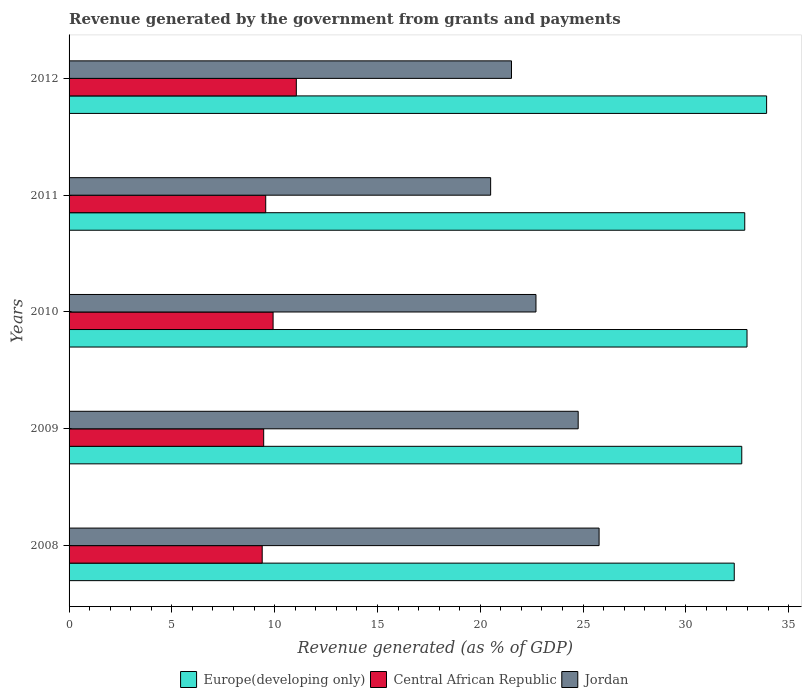
| Years | Europe(developing only) | Central African Republic | Jordan |
 | --- | --- | --- | --- |
 | 2008 | 32.4 | 9.39 | 25.8 |
 | 2009 | 32.7 | 9.47 | 24.8 |
 | 2010 | 33 | 9.92 | 22.7 |
 | 2011 | 32.9 | 9.56 | 20.5 |
 | 2012 | 33.9 | 11.1 | 21.5 |